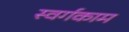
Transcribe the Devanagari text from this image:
स्वर्गकाम